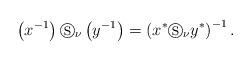
LaTeX: \begin{align*}\left( x^{-1}\right) \circledS _{\nu }\left( y^{-1}\right) =\left( x^{\ast}\circledS _{\nu }y^{\ast }\right) ^{-1}. \end{align*}